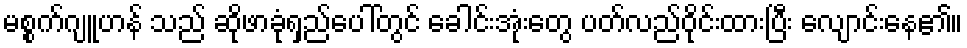
မစ္စက်ဂျူဟန် သည် ဆိုဖာခုံရှည်ပေါ်တွင် ခေါင်းအုံးတွေ ပတ်လည်ဝိုင်းထားပြီး လျောင်းနေ၏။